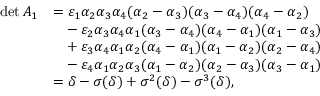
\begin{array} { r l } { \operatorname* { d e t } A _ { 1 } } & { = \varepsilon _ { 1 } \alpha _ { 2 } \alpha _ { 3 } \alpha _ { 4 } ( \alpha _ { 2 } - \alpha _ { 3 } ) ( \alpha _ { 3 } - \alpha _ { 4 } ) ( \alpha _ { 4 } - \alpha _ { 2 } ) } \\ & { \phantom { = } - \varepsilon _ { 2 } \alpha _ { 3 } \alpha _ { 4 } \alpha _ { 1 } ( \alpha _ { 3 } - \alpha _ { 4 } ) ( \alpha _ { 4 } - \alpha _ { 1 } ) ( \alpha _ { 1 } - \alpha _ { 3 } ) } \\ & { \phantom { = } + \varepsilon _ { 3 } \alpha _ { 4 } \alpha _ { 1 } \alpha _ { 2 } ( \alpha _ { 4 } - \alpha _ { 1 } ) ( \alpha _ { 1 } - \alpha _ { 2 } ) ( \alpha _ { 2 } - \alpha _ { 4 } ) } \\ & { \phantom { = } - \varepsilon _ { 4 } \alpha _ { 1 } \alpha _ { 2 } \alpha _ { 3 } ( \alpha _ { 1 } - \alpha _ { 2 } ) ( \alpha _ { 2 } - \alpha _ { 3 } ) ( \alpha _ { 3 } - \alpha _ { 1 } ) } \\ & { = \delta - \sigma ( \delta ) + \sigma ^ { 2 } ( \delta ) - \sigma ^ { 3 } ( \delta ) , } \end{array}